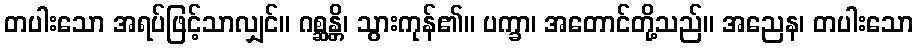
တပါးသော အရပ်ဖြင့်သာလျှင်။ ဂစ္ဆန္တိ၊ သွားကုန်၏။ ပက္ခာ၊ အတောင်တို့သည်။ အညေန၊ တပါးသော